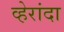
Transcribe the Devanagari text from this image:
व्हेरांदा